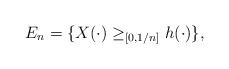
\begin{align*}E_n=\{ X(\cdot) \ge_{[0,1/n]} h(\cdot)\},\end{align*}